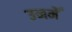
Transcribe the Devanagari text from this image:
उनमेँ